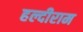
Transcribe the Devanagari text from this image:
हल्दीराम